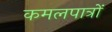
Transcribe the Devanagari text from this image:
कमलपात्रों